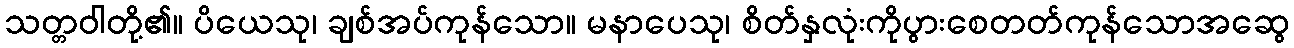
သတ္တဝါတို့၏။ ပိယေသု၊ ချစ်အပ်ကုန်သော။ မနာပေသု၊ စိတ်နှလုံးကိုပွားစေတတ်ကုန်သောအဆွေ